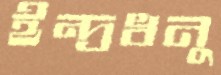
ইন্দ্রধনু